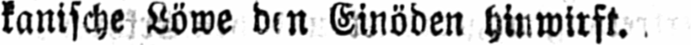
kanische Löwe den Einöden hinwirft.